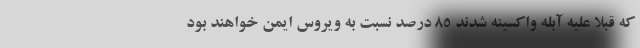
که قبلا علیه آبله واکسینه شدند ۸۵ درصد نسبت به ویروس ایمن خواهند بود